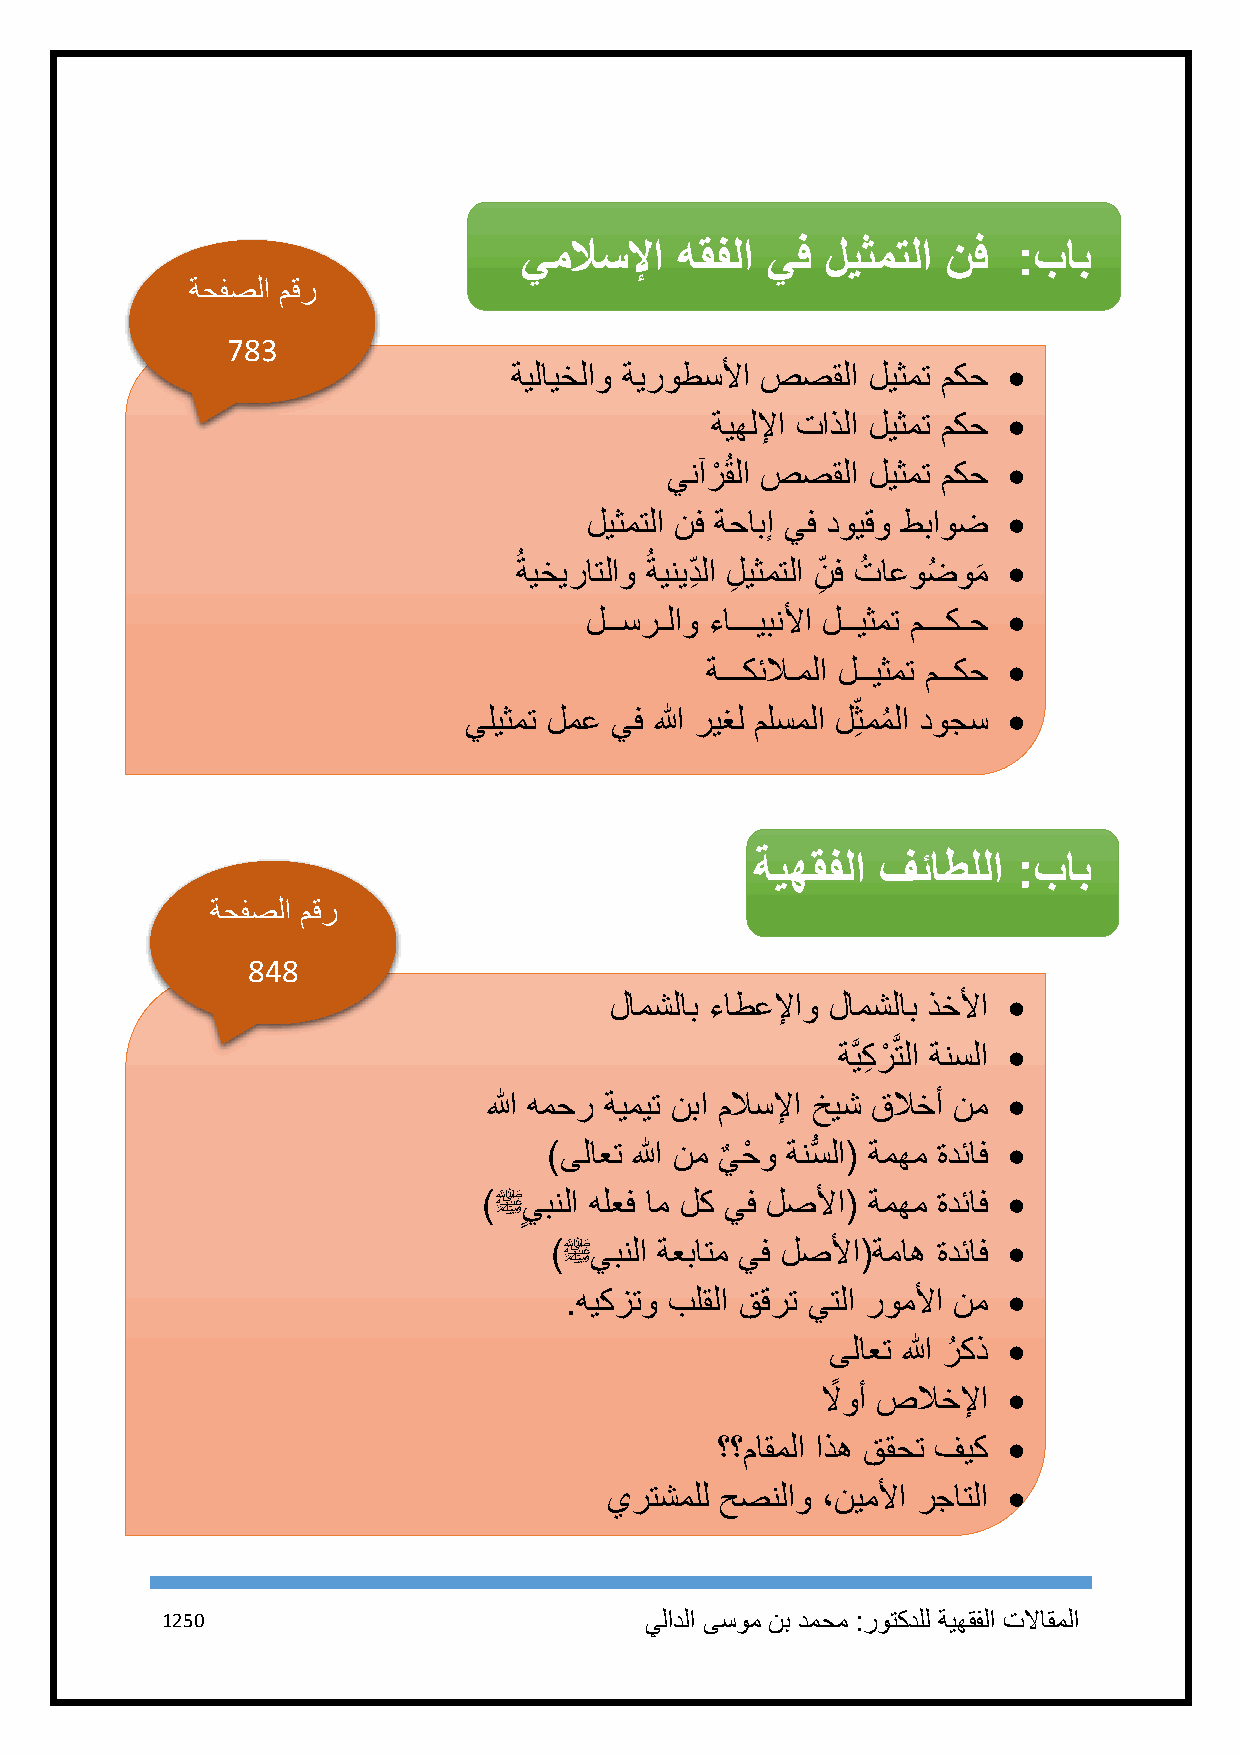
يملاسلإا   هقفلا يف  ليثمتلا نف  :باب
 ةحفصلا مقر
 783
 ةيلايخلاو ةيروطسلأا صصقلا ليثمت مكح 
 ةيهللإا تاذلا ليثمت مكح 
 ينآرْ ُقلا صصقلا ليثمت مكح 
 ليثمتلا نف ةحابإ يف دويقو طباوض 
 ُ ةيخيراتلاو ُ ةينيد ِ لا لِ يثمتلا ن ِ ف تُ اعوضُ ومَ 
 لــسرـلاو ءاـــيبنلأا لــيثمت مـــكـح 
 ةـــكئلاـملا لــيثمت مــكح 
 يليثمت لمع يف الله ريغل ملسملا لِثممُ لا دوجس 
 ةيهقفلا فئاطللا  :باب
 ةحفصلا مقر
 848
 لامشلاب ءاطعلإاو لامشلاب ذخلأا 
 ةَّيكِ رْ َّتلا ةنسلا 
 الله همحر ةيميت نبا ملاسلإا خيش قلاخأ نم 
 )ىلاعت الله نم ي
 ٌ
 حْ و ةنسُّ لا( ةمهم ةدئاف 
 )ﷺ يبنلا هلعف ام لك يف لصلأا( ةمهم ةدئاف 
 ٍ
 )ﷺيبنلا ةعباتم يف لصلأا(ةماه ةدئاف 
 .هيكزتو بلقلا ققرت يتلا روملأا نم 
 ىلاعت الله رُ كذ 
 لاً وأ صلاخلإا 
 ؟؟ماقملا اذه ققحت فيك 
 يرتشملل حصنلاو ،نيملأا رجاتلا 
 1251                            يلادلا ىسوم نب دمحم :روتكدلل ةيهقفلا تلااقملا